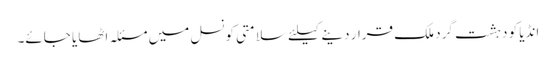
انڈیا کو دہشت گرد ملک قرار دینے کیلئے سلامتی کونسل میں مسئلہ اٹھایا جائے۔